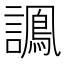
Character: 𧬽